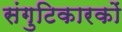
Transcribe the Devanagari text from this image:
संगुटिकारकों